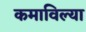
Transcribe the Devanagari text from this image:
कमाविल्या